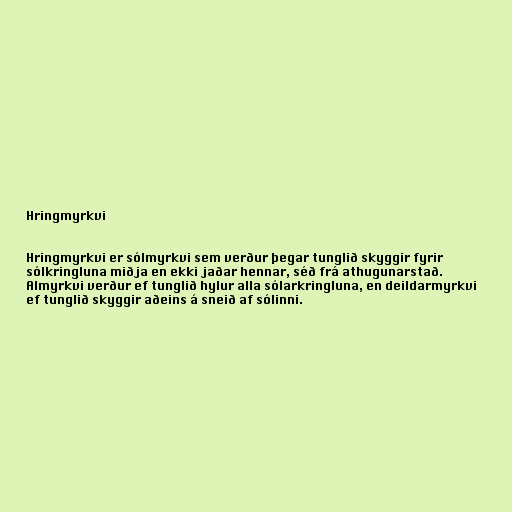
Hringmyrkvi

Hringmyrkvi er sólmyrkvi sem verður þegar tunglið skyggir fyrir
sólkringluna miðja en ekki jaðar hennar, séð frá athugunarstað.
Almyrkvi verður ef tunglið hylur alla sólarkringluna, en deildarmyrkvi
ef tunglið skyggir aðeins á sneið af sólinni.